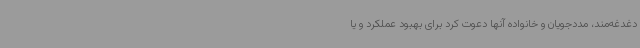
دغدغه‌مند، مددجویان و خانواده آنها دعوت کرد برای بهبود عملکرد و یا